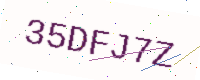
Text: 35DFJ7Z